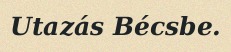
Utazás Bécsbe.